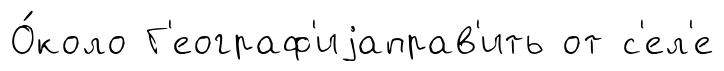
О́коло Г'еограф'иjаправ'ить от с'ел'е